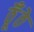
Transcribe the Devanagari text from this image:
ठूँठे